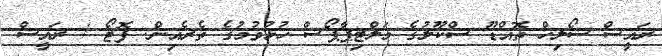
ރައީސް ސޯލިހް ތޮއްޑޫ ސްކޫލުގެ މަލްޓިޕާޕޯސް ހުޅުވުމުގެ ތެރެއިން. ފޮޓޯ / ރައީސް